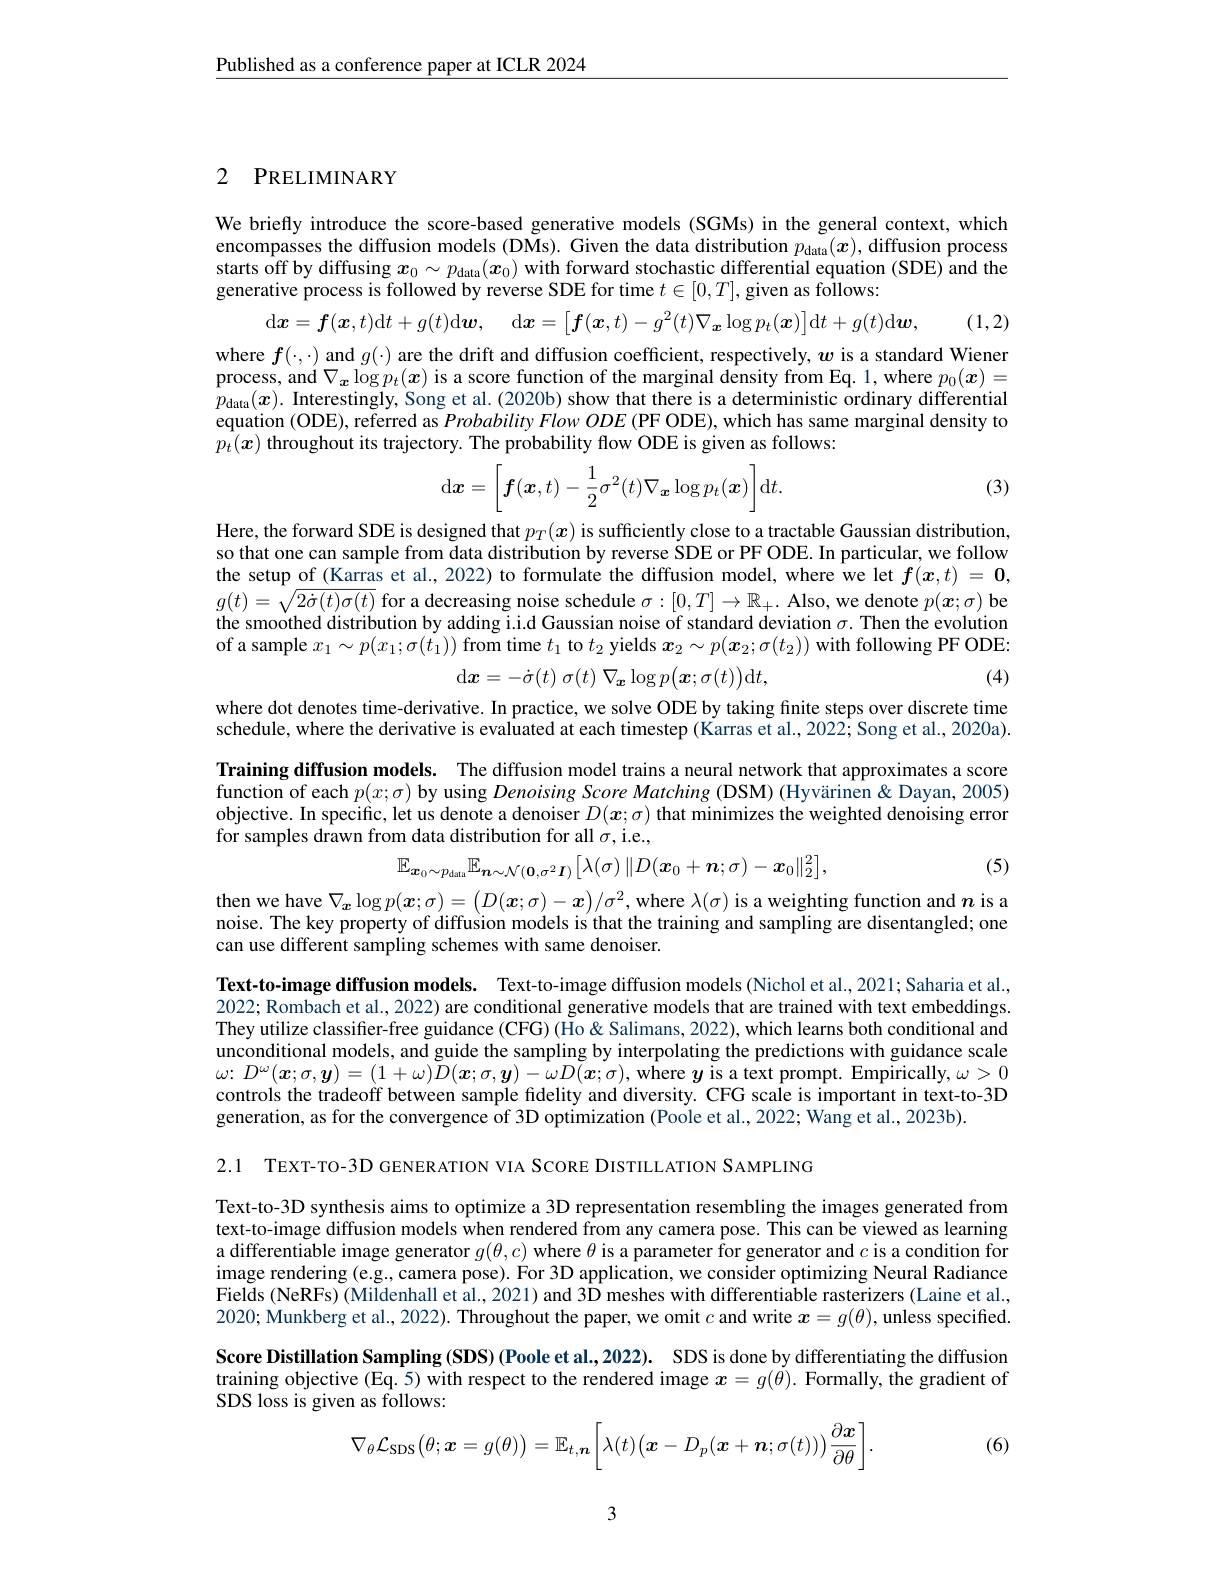
$\underline{\text{Published as a conference paper at ICLR 2024}}$

## 2 PRELIMINARY

We briefly introduce the score-based generative models (SGMs) in the general context, which encompasses the diffusion models (DMs). Given the data distribution $p_{\mathrm{data}}(x)$, diffusion process starts off by diffusing $x_0\sim p_{\mathrm{data}}(x_0)$ with forward stochastic differential equation (SDE) and the generative process is followed by reverse SDE for time $t\in [ 0, T] $,given as follows:
$$\mathrm{d}\boldsymbol{x}=\boldsymbol{f}(\boldsymbol{x},t)\mathrm{d}t+g(t)\mathrm{d}\boldsymbol{w},\quad\mathrm{d}\boldsymbol{x}=\begin{bmatrix}\boldsymbol{f}(\boldsymbol{x},t)-g^2(t)\nabla_{\boldsymbol{x}}\log p_t(\boldsymbol{x})\end{bmatrix}\mathrm{d}t+g(t)\mathrm{d}\boldsymbol{w},$$
(1,2)

where $f(\cdot,\cdot)$ and $g(\cdot)$ are the drift and diffusion coefficient, respectively, $w$ is a standard Wiener process, and $\nabla_{\boldsymbol{x}}\log p_{t}(\boldsymbol{x})$ is a score function of the marginal density from Eq. 1, where $p_0(\boldsymbol{x})=$ $p_{\mathrm{data}}(x).$ Interestingly, Song et al. (2020b) show that there is a deterministic ordinary differential equation (ODE), referred as ProbabilityFlowODE (PF ODE), which has same marginal density to $p_t(x)$ throughout its trajectory. The probability flow ODE is given as follows:
$$\mathrm{d}\boldsymbol{x}=\left[\boldsymbol{f}(\boldsymbol{x},t)-\frac{1}{2}\sigma^{2}(t)\nabla_{\boldsymbol{x}}\log p_{t}(\boldsymbol{x})\right]\mathrm{d}t.$$
(3)

Here, the forward SDE is designed that $p_T(\boldsymbol{x})$ is sufficiently close to a tractable Gaussian distribution, so that one can sample from data distribution by reverse SDE or PF ODE. In particular, we follow the setup of (Karras et al., 2022) to formulate the diffusion model, where we let $f(x,t)=\mathbf{0}$, $g(t)=\sqrt{2\dot{\sigma}(t)\sigma(t)}$ for a decreasing noise schedule $\sigma:[0,T]\to\mathbb{R}_+.$ Also, we denote $p(\boldsymbol x;\sigma)$ be the smoothed distribution by adding i.i.d Gaussian noise of standard deviation $\sigma.$ Then the evolution of a sample $x_1\sim p(x_1;\sigma(t_1))$ from time $t_1$ to $t_2$ yields $x_2\sim p(x_2;\sigma(t_2))$ with following PF ODE:
$$\mathrm{d}\boldsymbol{x}=-\dot{\sigma}(t)\:\sigma(t)\:\nabla_{\boldsymbol{x}}\log p\big(\boldsymbol{x};\sigma(t)\big)\mathrm{d}t,$$
(4)

where dot denotes time-derivative. In practice, we solve ODE by taking finite steps over discrete time schedule, where the derivative is evaluated at each timestep (Karras et al., 2022; Song et al., 2020a). Training diffusion models. The diffusion model trains a neural network that approximates a score function of each $p(x;\sigma)$ by using Denoising Score Matching (DSM) (Hyvärinen&Dayan, 2005) objective. In specific, let us denote a denoiser $D(x;\sigma)$ that minimizes the weighted denoising error for samples drawn from data distribution for all $\sigma$,i.e.,
$$\mathbb{E}_{\boldsymbol{x}_0\sim p_\mathrm{data}}\mathbb{E}_{\boldsymbol{n}\sim\mathcal{N}(\boldsymbol{0},\sigma^2\boldsymbol{I})}\big[\lambda(\sigma)\|D(\boldsymbol{x}_0+\boldsymbol{n};\sigma)-\boldsymbol{x}_0\|_2^2\big],$$
(5)

then we have $\nabla_x\log p(\boldsymbol{x};\sigma)=(D(\boldsymbol{x};\sigma)-\boldsymbol{x})/\sigma^2$, where $\lambda(\sigma)$ is a weighting function and $n$ is a noise. The key property of diffusion models is that the training and sampling are disentangled; one can use different sampling schemes with same denoiser.

Text-to-image diffusion models. Text-to-image diffusion models (Nichol et al.,2021; Saharia et al., 2022; Rombach et al., 2022) are conditional generative models that are trained with text embeddings They utilize classifier-free guidance (CFG) (Ho& Salimans, 2022), which learns both conditional and unconditional models, and guide the sampling by interpolating the predictions with guidance scale $\omega{:}D^{\omega}(\boldsymbol{x};\sigma,\boldsymbol{y})=(1+\omega)\tilde{D}(\boldsymbol{x};\sigma,\boldsymbol{y})-\omega D(\boldsymbol{x};\sigma),\hat{\text{where }y}$ is a text prompt. Empirically, $\omega>0$ controls the tradeoff between sample fidelity and diversity. CFG scale is important in text-to-3D generation, as for the convergence of 3D optimization (Poole et al., 2022; Wang et al., 2023b).

2.1 TEXT-TO-3D GENERATION VIA SCORE DISTILLATION SAMPLING

Text-to-3D synthesis aims to optimize a 3D representation resembling the images generated from text-to-image diffusion models when rendered from any camera pose. This can be viewed as learning a differentiable image generator $g(\theta,c)$ where $\theta$ is a parameter for generator and $c$ is a condition for image rendering (e.g, camera pose). For 3D application, we consider optimizing Neural Radiance Fields (NeRFs) (Mildenhall et al., 2021) and 3D meshes with differentiable rasterizers (Laine et al. 2020; Munkberg et al., 2022). Throughout the paper, we omit $c$ and write $x=g(\theta)$, unless specified.

Score Distillation Sampling (SDS) (Poole et al.,2022). SDS is done by differentiating the diffusion

training objective (Eq.5) with respect to the rendered image $x=g(\check{\theta}).$ Formally, the gradient of

SDS loss is given as follows:
$$\nabla_\theta\mathcal{L}_{\mathrm{SDS}}\big(\theta;\boldsymbol{x}=g(\theta)\big)=\mathbb{E}_{t,\boldsymbol{n}}\bigg[\lambda(t)\big(\boldsymbol{x}-D_p(\boldsymbol{x}+\boldsymbol{n};\sigma(t))\big)\frac{\partial\boldsymbol{x}}{\partial\theta}\bigg].$$
(6)

3